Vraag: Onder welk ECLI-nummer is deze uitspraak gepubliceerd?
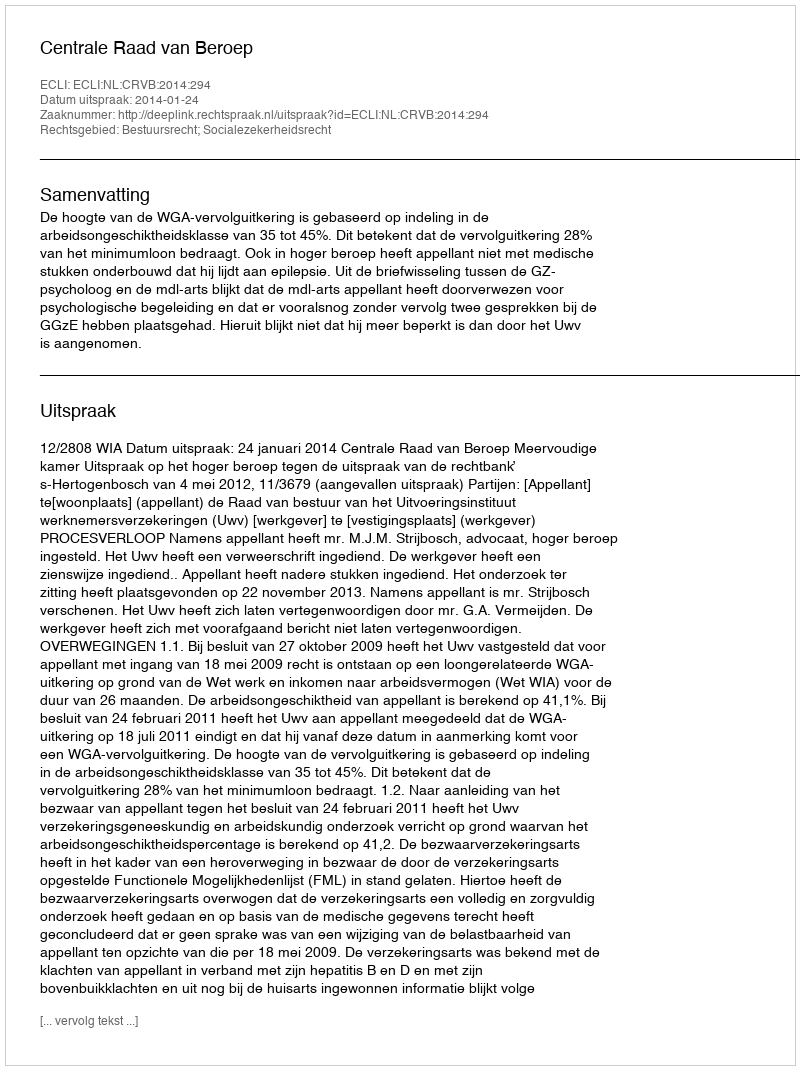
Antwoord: ECLI:NL:CRVB:2014:294